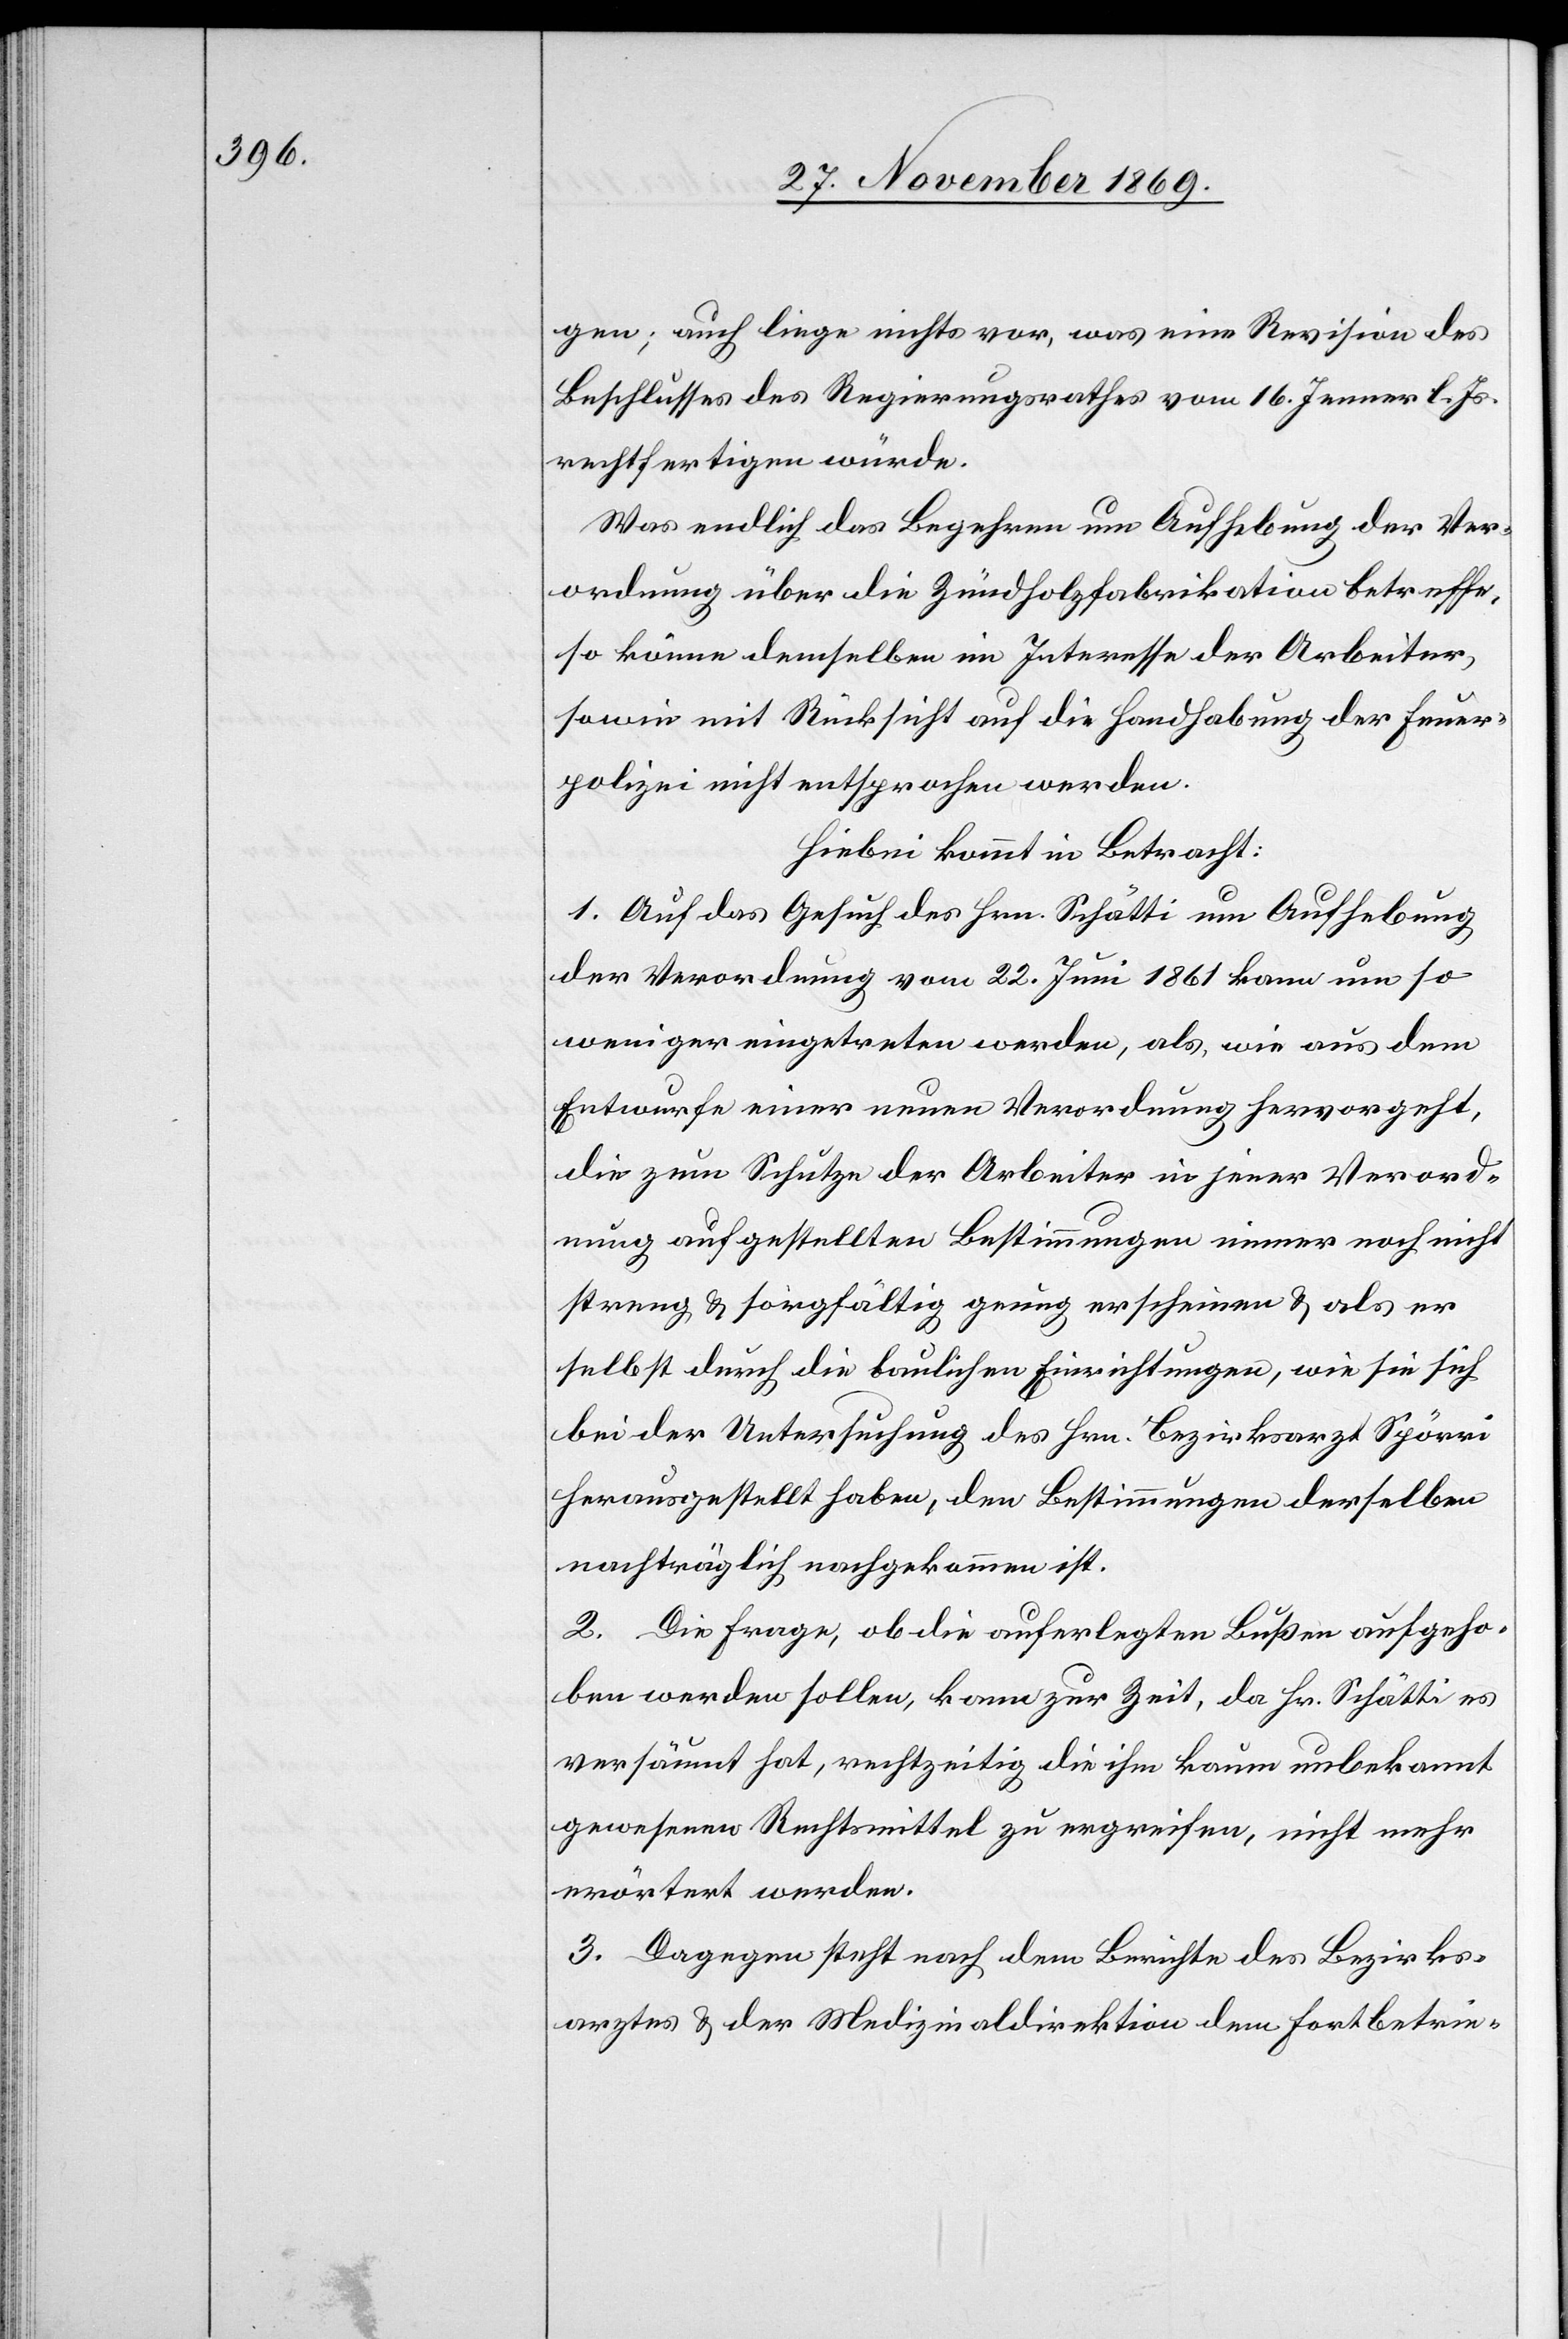
gen; auch liege nichts vor, was eine Revision des
Beschlusses des Regierungsrathes vom 16. Jenner l. Js.
rechtfertigen würde.
Was endlich das Begehren um Aufhebung der Ver¬
ordnung über die Zündholzfabrikation betreffe,
so könne demselben im Interesse der Arbeiter,
sowie mit Rücksicht auf die Handhabung der Feuer¬
polizei nicht entsprochen werden.
Hiebei kommt in Betracht:
1. Auf das Gesuch des Hrn. Schätti um Aufhebung
der Verordnung vom 22. Juni 1861 kann um so
weniger eingetreten werden, als, wie aus dem
Entwurfe einer neuen Verordnung hervorgeht,
die zum Schutze der Arbeiter in jener Verord¬
nung aufgestellten Bestimmungen immer noch nicht
streng & sorgfältig genug erscheinen & als er
selbst durch die baulichen Einrichtungen, wie sie sich
bei der Untersuchung des Hrn. Bezirksarzt Spörri
herausgestellt haben, den Bestimmungen derselben
nachträglich nachgekommen ist.
2. Die Frage, ob die auferlegten Bußen aufgeho¬
ben werden sollen, kann zur Zeit, da Hr. Schätti es
versäumt hat, rechtzeitig die ihm kaum unbekannt
gewesenen Rechtsmittel zu ergreifen, nicht mehr
erörtert werden.
3. Dagegen steht nach dem Berichte des Bezirks¬
arztes & der Medizinaldirektion dem Fortbetrie-